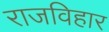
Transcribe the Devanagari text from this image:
राजविहार